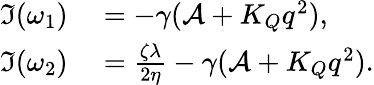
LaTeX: \begin{array}{rl}{\Im(\omega_{1})}&{{}=-\gamma(\mathcal{A}+K_{Q}q^{2}),}\\ {\Im(\omega_{2})}&{{}=\frac{\zeta\lambda}{2\eta}-\gamma(\mathcal{A}+K_{Q}q^{2}).}\end{array}